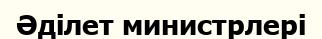
Әділет министрлері